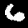
Label: 6